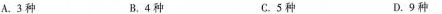
A.3种 B.4种 C.5种 D.9种